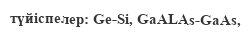
түйіспелер: Ge-Si, GaALAs-GaAs,